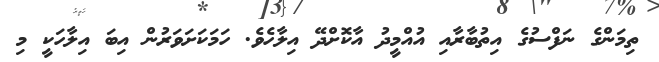
ތިމަންގެ ނަފްސުގެ އިތުބާރާއި އުއްމީދު އާކޮށްދޭ އިލާހެވެ. ހަމަކަށަވަރުން އިބަ އިލާހަކީ މި